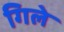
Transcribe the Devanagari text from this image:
गिले